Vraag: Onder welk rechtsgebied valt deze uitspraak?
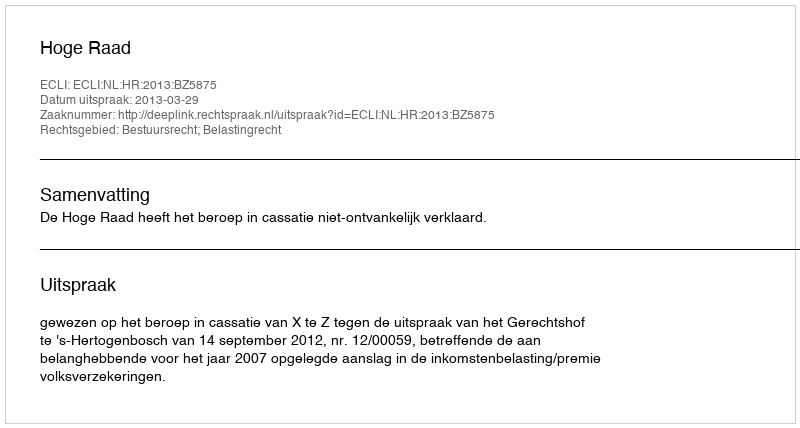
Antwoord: Bestuursrecht; Belastingrecht